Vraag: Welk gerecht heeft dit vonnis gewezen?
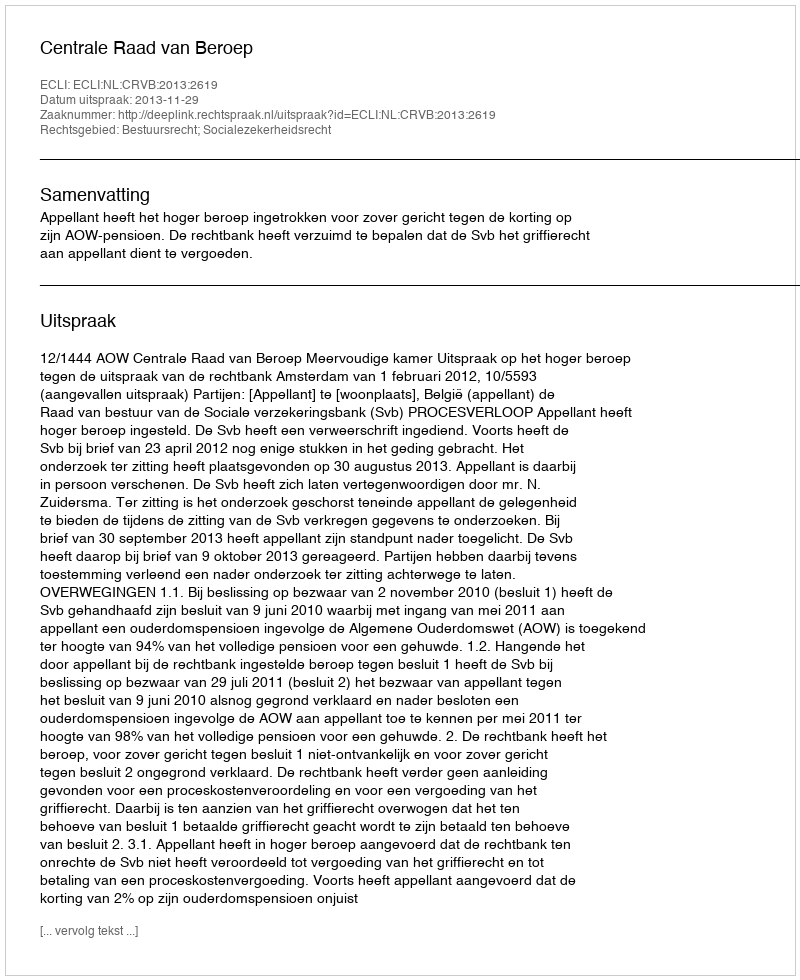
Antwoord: Centrale Raad van Beroep